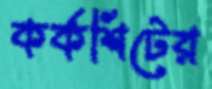
কর্কশিটের